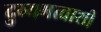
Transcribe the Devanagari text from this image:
दुय्यमत्वाशी